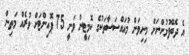
އެ ދެބޭފުޅުންނަށް މިނިވަން މުއައްސަސާތަކުގެ ކޮމިޓީން ވަނީ 75 ޕޮއިންޓަށް ވުރެއް މަތިން